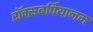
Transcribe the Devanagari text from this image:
रॉक्सबर्घियानम